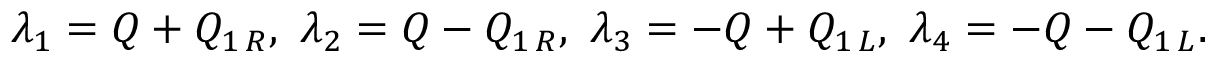
\lambda _ { 1 } = Q + Q _ { 1 \, R } , \ \lambda _ { 2 } = Q - Q _ { 1 \, R } , \ \lambda _ { 3 } = - Q + Q _ { 1 \, L } , \ \lambda _ { 4 } = - Q - Q _ { 1 \, L } .